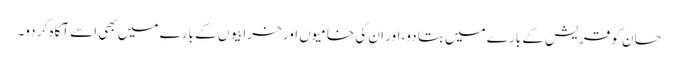
حسان کو قریش کے بارے میں بتا دو، اور ان کی خامیوں اور خرابیوں کے بارے میں بھی اسے آگاہ کر دو۔